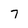
Character: 7